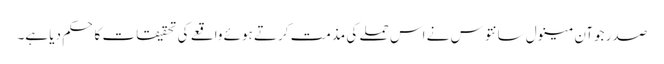
صدر جوآن مینول سانتوس نے اس حملے کی مذمت کرتے ہوئے واقعے کی تحقیقات کا حکم دیا ہے۔